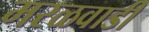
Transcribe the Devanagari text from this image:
मरळवाडी